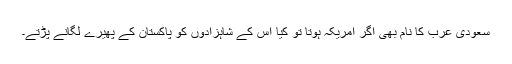
سعودی عرب کا نام بھی اگر امریکہ ہوتا تو کیا اس کے شاہزادوں کو پاکستان کے پھیرے لگانے پڑتے۔